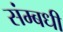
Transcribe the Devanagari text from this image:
संम्बधी